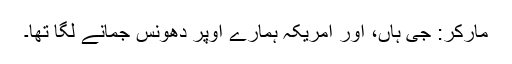
مارکر: جی ہاں، اور امریکہ ہمارے اوپر دھونس جمانے لگا تھا۔